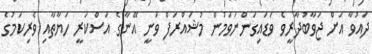
ދައުވާ އަށް ޖަވާބުދާރީވެ ވަޑައިގަންނަވަމުން މުޝައްރަފް ވަނީ އޭނާގެ އަސްކަރީ ހަޔާތާއި ވެރިކަމުގެ